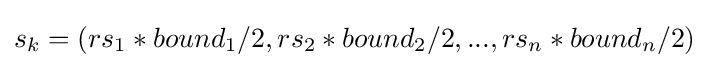
s_{k}=(rs_{1}*bound_{1}/2,rs_{2}*bound_{2}/2,...,rs_{n}*bound_{n}/2)